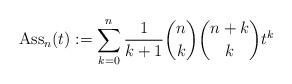
LaTeX: \begin{gather*}{\rm Ass}_{n}(t):= \sum_{k=0}^{n} {1 \over k+1} {n \choose k} {n+k \choose k}t^{k}\end{gather*}